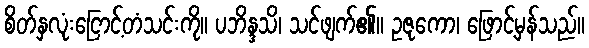
စိတ်နှလုံးငြောင့်တံသင်းကို။ ပဘိန္ဒသိ၊ သင်ဖျက်၏။ ဥဇုကော၊ ဖြောင့်မှန်သည်။